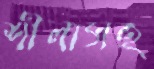
শীলাসহ